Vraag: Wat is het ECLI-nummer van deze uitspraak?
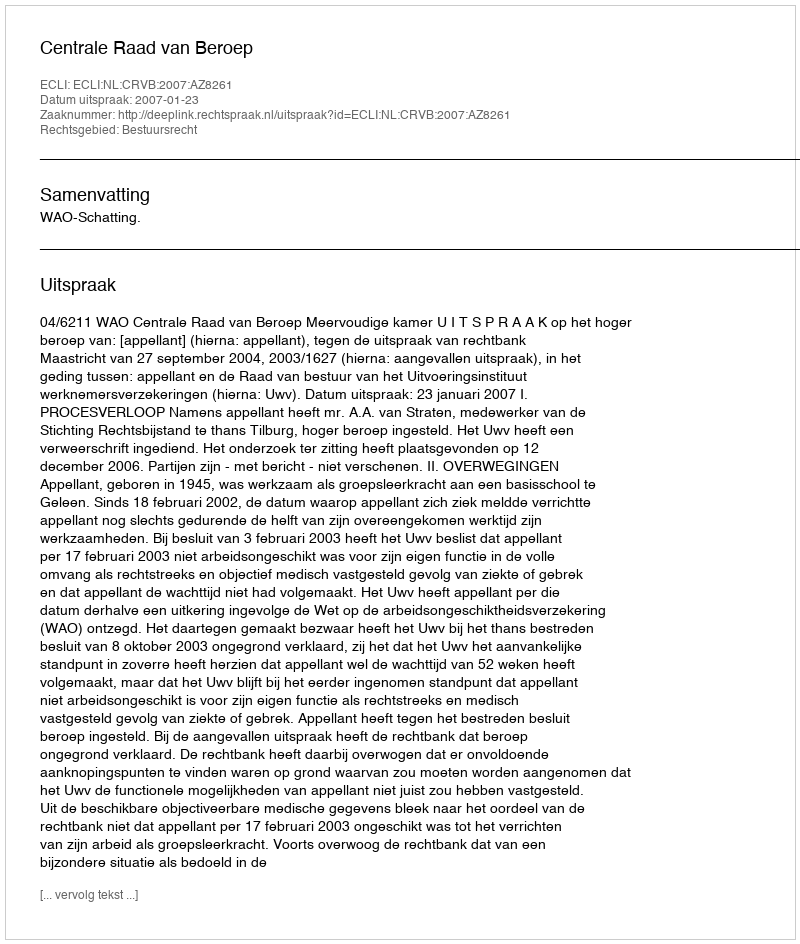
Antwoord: ECLI:NL:CRVB:2007:AZ8261